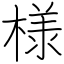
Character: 様